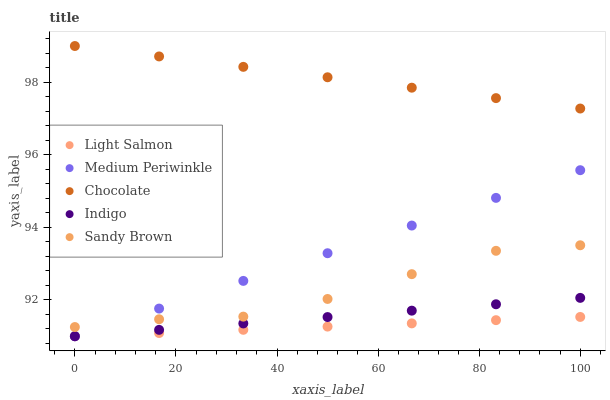
| xaxis_label | Light Salmon | Medium Periwinkle | Chocolate | Indigo | Sandy Brown |
 | --- | --- | --- | --- | --- | --- |
 | 0 | 91 | 91 | 99 | 91 | 91.3 |
 | 16.7 | 91.1 | 91.8 | 98.7 | 91.2 | 91.5 |
 | 33.3 | 91.2 | 92.5 | 98.4 | 91.4 | 91.5 |
 | 50 | 91.3 | 93.3 | 98.1 | 91.5 | 92 |
 | 66.7 | 91.4 | 94.1 | 97.9 | 91.7 | 92.7 |
 | 83.3 | 91.4 | 94.8 | 97.6 | 91.9 | 93.4 |
 | 100 | 91.5 | 95.6 | 97.3 | 92.1 | 93.5 |